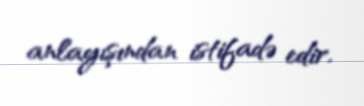
anlayışından istifadə edir.